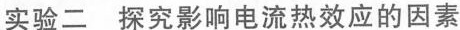
实验二 探究影响电流热效应的因素